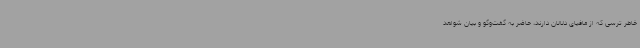
خاطر ترسی که از مافیای دلالان دارند، حاضر به گفت‌وگو و بیان شواهد